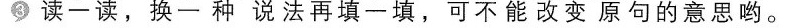
③读一读，换一种说法再填一填，可不能改变原句的意思哟。